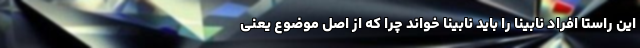
این راستا افراد نابینا را باید نابینا خواند چرا که از اصل موضوع یعنی